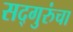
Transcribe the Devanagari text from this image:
सद्गुरुंचा